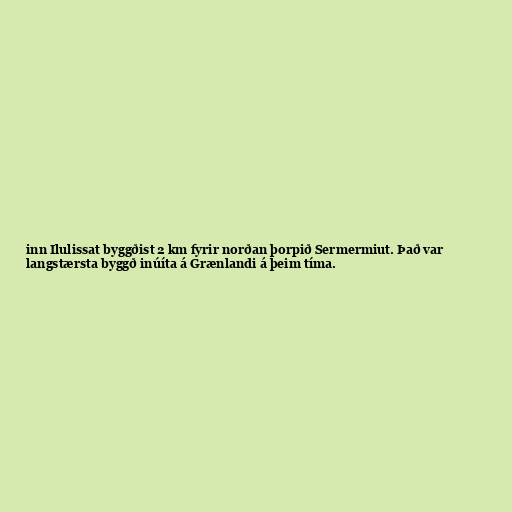
inn Ilulissat byggðist 2 km fyrir norðan þorpið Sermermiut. Það var
langstærsta byggð inúíta á Grænlandi á þeim tíma.